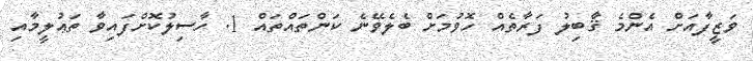
ވަޒީފާއަށް އެންމެ ޤާބިލު ފަރާތެއް ހޮވުމަށް ބެލެވޭނެ ކަންތައްތައް 1. ހާސިލުކޮށްފައިވާ ތަޢުލީމާއި